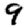
Digit: 9